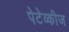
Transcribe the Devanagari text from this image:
पेटेव्कीज